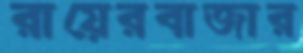
রায়েরবাজার